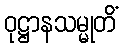
ဝုဋ္ဌာနသမ္မုတိံ